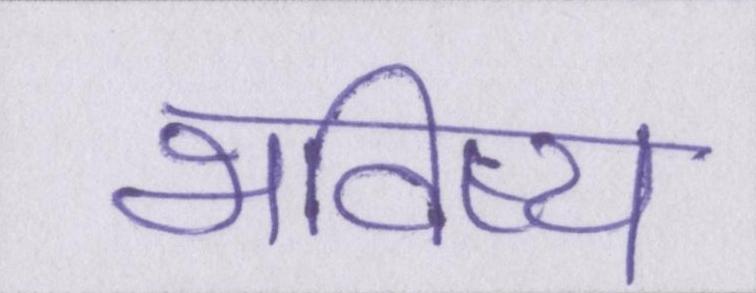
भविष्य